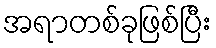
အရာတစ်ခုဖြစ်ပြီး